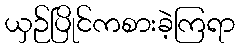
ယှဉ်ပြိုင်ကစားခဲ့ကြရာ